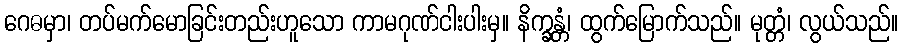
ဂေဓမှာ၊ တပ်မက်မောခြင်းတည်းဟူသော ကာမဂုဏ်ငါးပါးမှ။ နိက္ခန္တံ၊ ထွက်မြောက်သည်။ မုတ္တံ၊ လွယ်သည်။